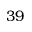
3 9